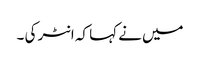
میں نے کہا کہ انٹر کی ۔